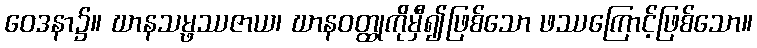
ဝေဒနာ၌။ ဃာနသမ္ဖဿဇာယ၊ ဃာနဝတ္ထုကိုမှီ၍ဖြစ်သော ဖဿကြောင့်ဖြစ်သော။